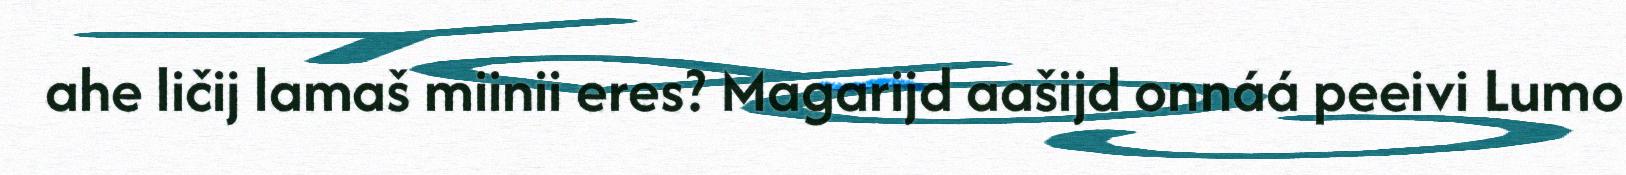
ahe ličij lamaš miinii eres? Magarijd aašijd onnáá peeivi Lumo